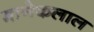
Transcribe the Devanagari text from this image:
मानेकलाल